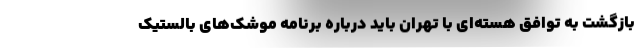
بازگشت به توافق هسته‌ای با تهران باید درباره برنامه موشک‌های بالستیک